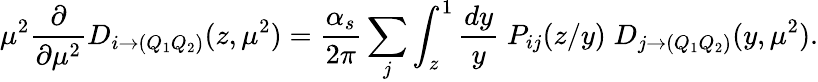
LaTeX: \mu^{2}\frac{\partial}{\partial\mu^{2}}D_{i\to(Q_{1}Q_{2})}(z,\mu^{2})=\frac{\alpha_{s}}{2\pi}\sum_{j}\int_{z}^{1}\frac{dy}{y}\; P_{ij}(z/y)\; D_{j\to(Q_{1}Q_{2})}(y,\mu^{2}).